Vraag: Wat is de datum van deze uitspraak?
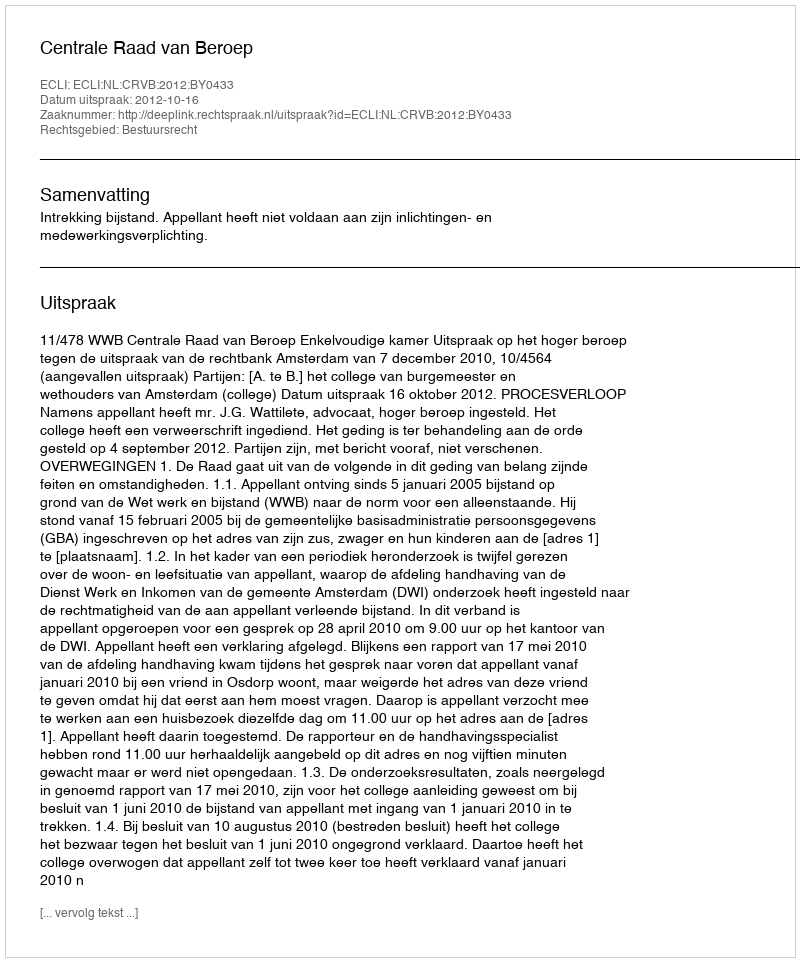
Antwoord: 2012-10-16